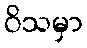
ဝိသမှာ